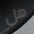
هل